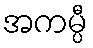
အကမ္ပီ